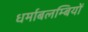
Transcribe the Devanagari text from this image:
धर्माबलम्बियों